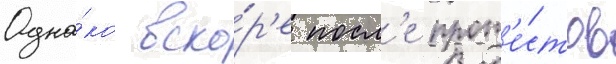
Одна́ко вско́р'е посл'е прот'е́стов